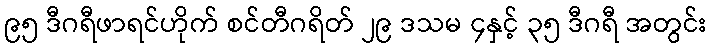
၉၅ ဒီဂရီဖာရင်ဟိုက် စင်တီဂရိတ် ၂၉ ဒသမ ၄နှင့် ၃၅ ဒီဂရီ အတွင်း